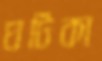
ঘটিকা